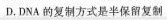
D.DNA的复制方式是半保留复制